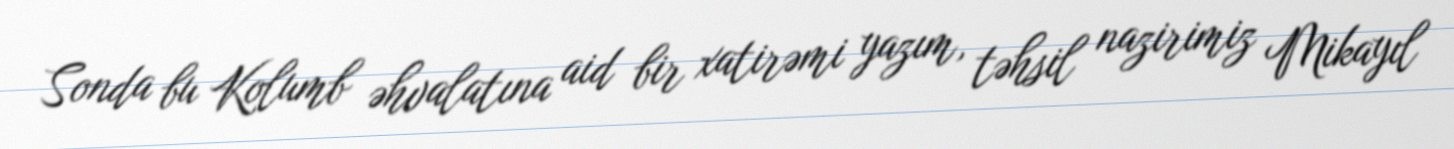
Sonda bu Kolumb əhvalatına aid bir xatirəmi yazım, təhsil nazirimiz Mikayıl